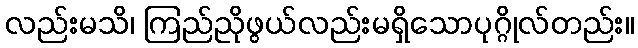
လည်းမသိ၊ ကြည်ညိုဖွယ်လည်းမရှိသောပုဂ္ဂိုလ်တည်း။